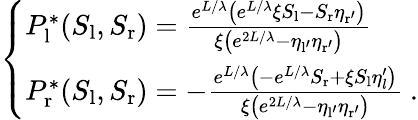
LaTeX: \left\{ \begin{array}{ll}{P_{\mathrm{l}}^{*}(S_{\mathrm{l}},S_{\mathrm{r}})=\frac{e^{L/\lambda}\left(e^{L/\lambda}\xi S_{\mathrm{l}}-S_{\mathrm{r}}\eta_{\mathrm{r^{\prime}}}\right)}{\xi\left(e^{2L/\lambda}-\eta_{\mathrm{l^{\prime}}}\eta_{\mathrm{r^{\prime}}}\right)}}\\ {P_{\mathrm{r}}^{*}(S_{\mathrm{l}},S_{\mathrm{r}})=-\frac{e^{L/\lambda}\left(-e^{L/\lambda}S_{\mathrm{r}}+\xi S_{\mathrm{l}}\eta_{l}^{\prime}\right)}{\xi\left(e^{2L/\lambda}-\eta_{\mathrm{l^{\prime}}}\eta_{\mathrm{r^{\prime}}}\right)}\ .}\end{array}\right.